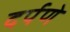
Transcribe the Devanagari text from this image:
दर्पणे